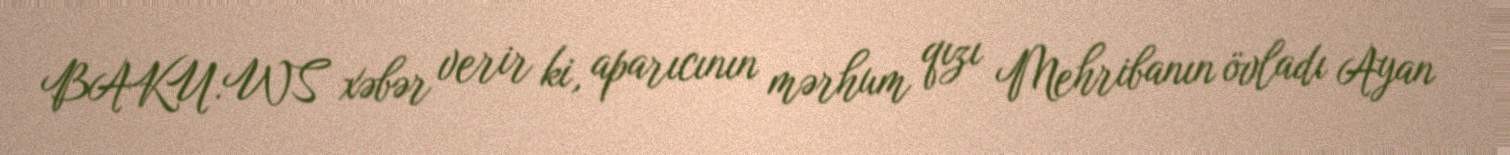
BAKU.WS xəbər verir ki, aparıcının mərhum qızı Mehribanın övladı Ayan